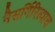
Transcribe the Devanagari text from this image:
नैसर्गिरित्याच